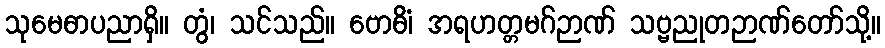
သုမေဓာပညာရှိ။ တွံ၊ သင်သည်။ ဗောဓိံ၊ အရဟတ္တမဂ်ဉာဏ် သဗ္ဗညုတဉာဏ်တော်သို့။